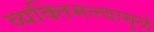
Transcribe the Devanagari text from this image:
व्यक्तिमत्त्वामुळे